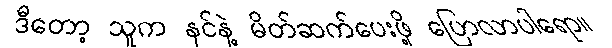
ဒီတော့ သူက နင်နဲ့ မိတ်ဆက်ပေးဖို့ ပြောလာပါရော။